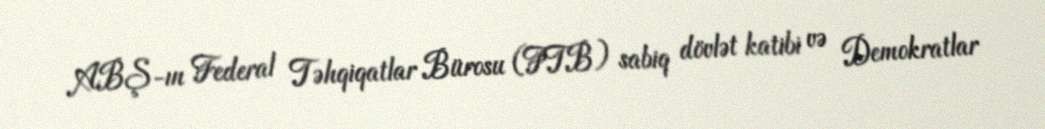
ABŞ-ın Federal Təhqiqatlar Bürosu (FTB) sabiq dövlət katibi və Demokratlar